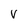
Character: V